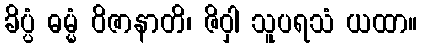
ခိပ္ပံ ဓမ္မံ ဝိဇာနာတိ၊ ဇိဝှါ သူပရသံ ယထာ။